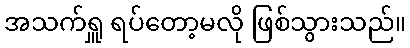
အသက်ရှူ ရပ်တော့မလို ဖြစ်သွားသည်။